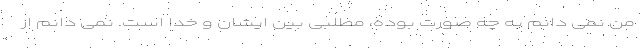
من نمی دانم به چه صورت بوده، مطلبی بین ایشان و خدا است. نمی دانم از